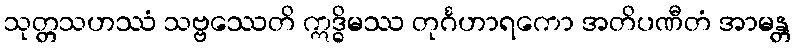
သုတ္တသဟဿံ သဗ္ဗဿေတိ ဣဒ္ဓိမဿ တုင်္ဂဟာရကော အတိပဏီတံ အာမန္တ